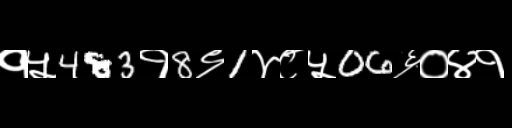
Text: १५483१8९1४८५06६०४१